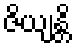
ဇိယျန္တိ